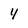
Character: 4